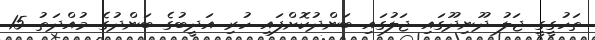
ތަހުގީގީ ޖަލު ދޫނިދޫގައި ޖަލުގައި ބަންދުކޮށްފައި ހުރި އަދީބުގެ ބަންދުގެ މުއްދަތު 15